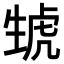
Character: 𤯮